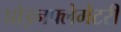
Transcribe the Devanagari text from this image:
प्रोइनफ्लेमेटरी